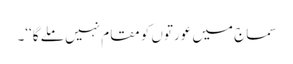
سماج میں عورتوں کو مقام نہیں ملے گا‘‘۔